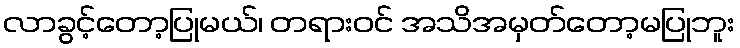
လာခွင့်တော့ပြုမယ်၊ တရားဝင် အသိအမှတ်တော့မပြုဘူး